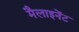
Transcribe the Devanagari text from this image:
मैलाइनेंट